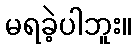
မရခဲ့ပါဘူး။